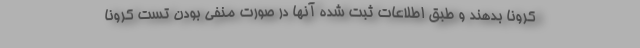
کرونا بدهند و طبق اطلاعات ثبت شده آنها در صورت منفی بودن تست کرونا